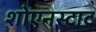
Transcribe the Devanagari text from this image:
शोएनस्टाट